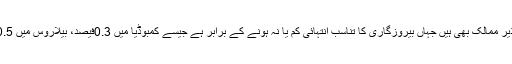
اسکے علاوہ ایسے غریب اور ترقی پذیر ممالک بھی ہیں جہاں بیروزگاری کا تناسب انتہائی کم یا نہ ہونے کے برابر ہے جیسے کمبوڈیا میں 0.3فیصد، بیلاروس میں 0.5 فیصد اورمیانمار میں0.8 فیصد ہے۔